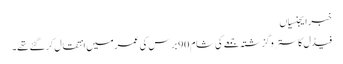
خبر ایجنسیاں
فیڈل کاسترو گزشتہ جمعے کی شام 90 برس کی عمر میں انتقال کر گئے تھے۔